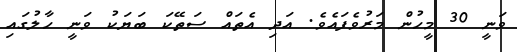
ވަނީ 30 މީހުން މަރުވެފައެވެ. އަދި އެތައް ސަތޭކަ ބަޔަކު ވަނީ ހާލުގައި